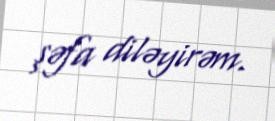
şəfa diləyirəm.